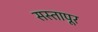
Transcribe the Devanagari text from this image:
सस्तापूर